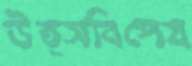
উত্সবিশেষ